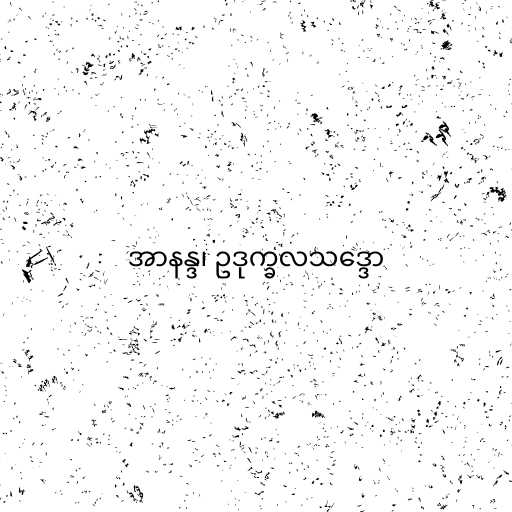
အာနန္ဒ၊ ဥဒုက္ခလသဒ္ဒော